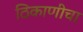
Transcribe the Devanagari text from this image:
ठिकाणीचा